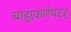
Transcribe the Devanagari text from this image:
बाह्यकर्णपटह